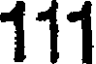
111